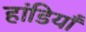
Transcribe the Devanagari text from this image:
हांडियाँ